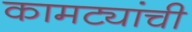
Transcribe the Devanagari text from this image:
कामट्यांची